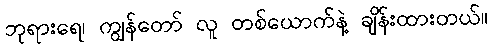
ဘုရားရေ၊ ကျွန်တော် လူ တစ်ယောက်နဲ့ ချိန်းထားတယ်။